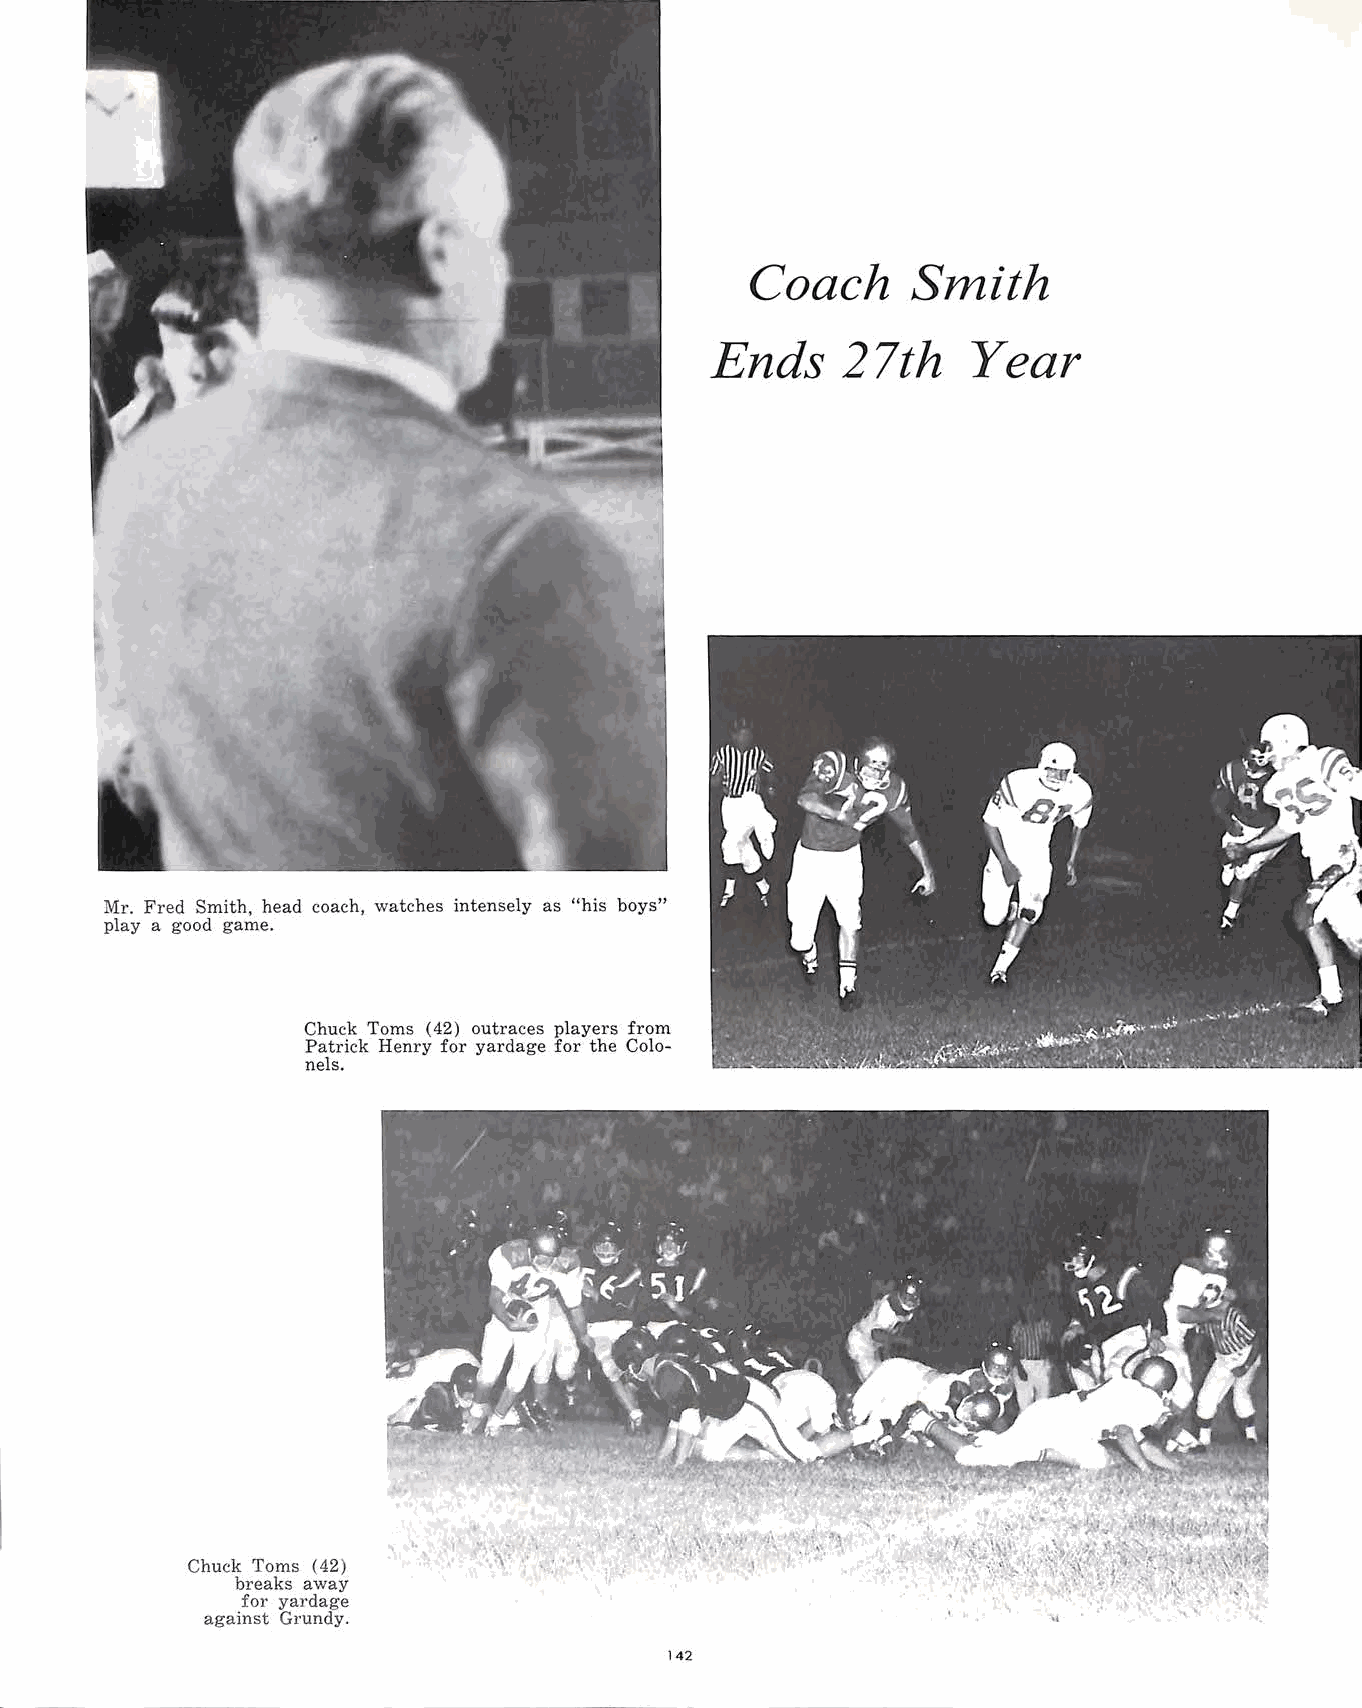
Coach      Smith
 Ends     27th    Year
 Mr. Fred Smith, head coach, watches intensely as "his boys"
 play a good game.
 Chuck Toms (42) outraces players from
 Patrick Henry for yardage for the Colo
 nels.
 Chuck Toms ( 42)
 breaks away
 for yardage
 against Grundy.
 142